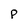
Character: p